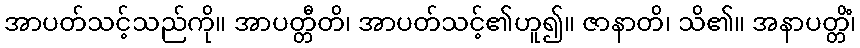
အာပတ်သင့်သည်ကို။ အာပတ္တီတိ၊ အာပတ်သင့်၏ဟူ၍။ ဇာနာတိ၊ သိ၏။ အနာပတ္တိံ၊